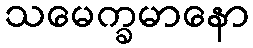
သမေက္ခမာနော